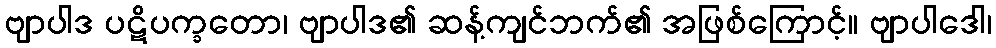
ဗျာပါဒ ပဋိပက္ခတော၊ ဗျာပါဒ၏ ဆန့်ကျင်ဘက်၏ အဖြစ်ကြောင့်။ ဗျာပါဒေါ၊